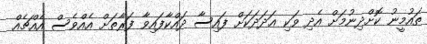
ތައުމީނު ކޮށްދިނުމަށް އެދި ވަކި ޢަދަދަކަށް ފައިސާ ދައްކާފައިވާ ފަރާތަށް އެއްވެސް އެއްޗެއް